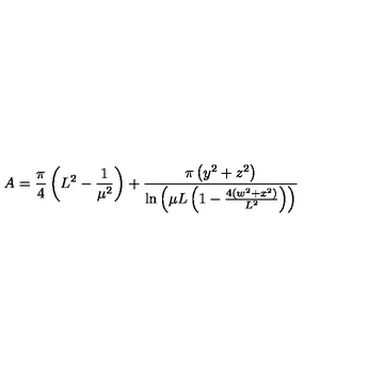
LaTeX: A = \frac { \pi } { 4 } \left( L ^ { 2 } - \frac { 1 } { \mu ^ { 2 } } \right) + \frac { \pi \left( y ^ { 2 } + z ^ { 2 } \right) } { \ln \left( \mu L \left( 1 - \frac { 4 \left( w ^ { 2 } + x ^ { 2 } \right) } { L ^ { 2 } } \right) \right) }